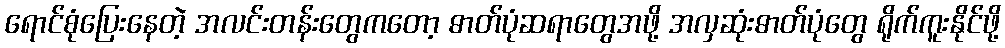
ရောင်စုံပြေးနေတဲ့ အလင်းတန်းတွေကတော့ ဓာတ်ပုံဆရာတွေအဖို့ အလှဆုံးဓာတ်ပုံတွေ ရိုက်ကူးနိုင်ဖို့